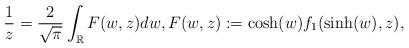
LaTeX: \begin{align*} \frac{1}{z}=\frac{2}{\sqrt{\pi}} \int_{\mathbb{R}} F(w,z) dw, F(w,z):= \mbox{cosh}(w) f_1(\mbox{sinh}(w),z),\end{align*}